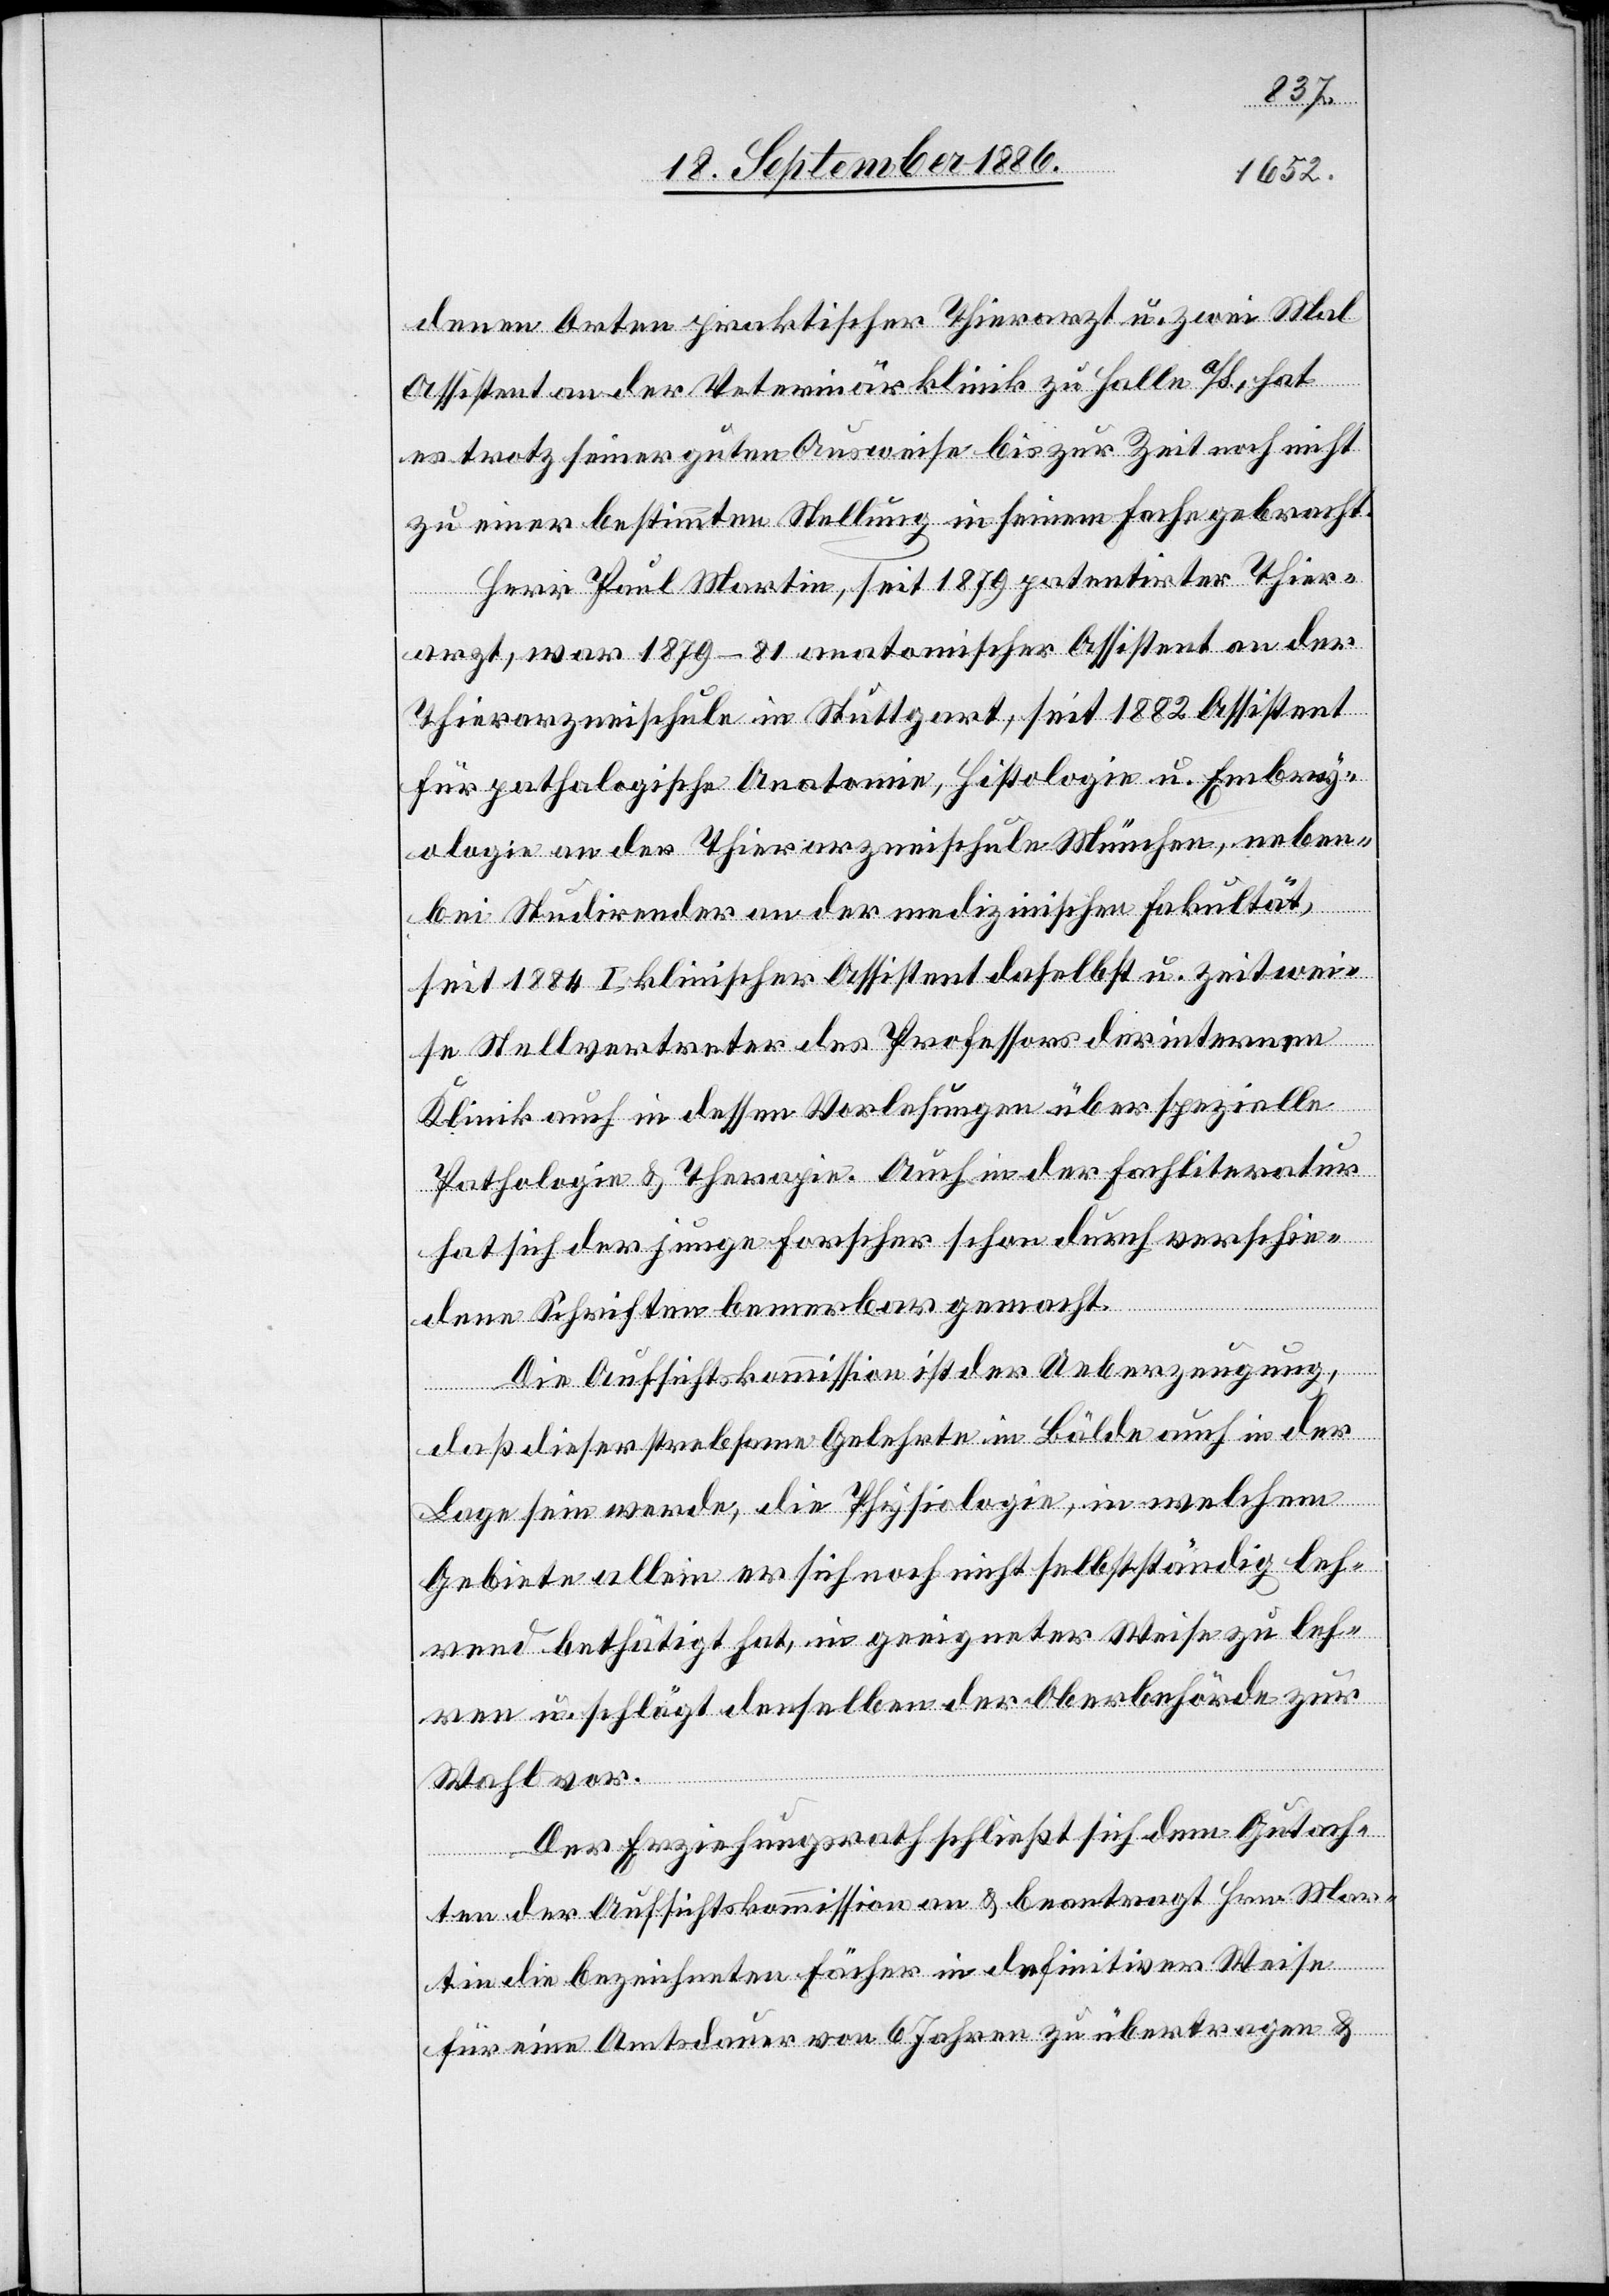
denen Orten praktischer Thierarzt u. zwei Mal
Assistent an der Veterinärklinik zu Halle a/S., hat
es trotz seiner guten Ausweise bis zur Zeit noch nicht
zu einer bestimmten Stellung in seinem Fache gebracht.
Herr Paul Martin, seit 1879 patentirter Thier¬
arzt, war 1879–81 anatomischer Assistent an der
Thierarzneischule in Stuttgart, seit 1882 Assistent
für pathologische Anatomie, Histologie u. Embry¬
ologie an der Thierarzneischule München, neben¬
bei Studirender an der medizinischen Fakultät,
seit 1884 I klinischer Assistent daselbst u. zeitwei¬
se Stellvertreter des Professors der internen
Klinik auch in dessen Vorlesungen über spezielle
Pathologie & Therapie. Auch in der Fachliteratur
hat sich der junge Forscher schon durch verschie¬
dene Schriften bemerkbar gemacht.
Die Aufsichtskommission ist der Ueberzeugung,
daß dieser strebsame Gelehrte in Bälde auch in der
Lage sein werde, die Physiologie, in welchem
Gebiete allein er sich noch nicht selbstständig leh¬
rend bethätigt hat, in geeigneter Weise zu leh¬
ren u. schlägt denselben der Oberbehörde zur
Wahl vor.
Der Erziehungsrath schließt sich dem Gutach¬
ten der Aufsichtskommission an & beantragt Hrn. Mar¬
tin die bezeichneten Fächer in definitiver Weise
für eine Amtsdauer von 6 Jahren zu übertragen &